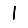
Digit: 1